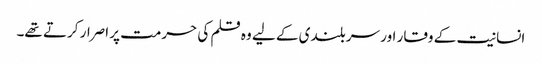
انسانیت کے وقار اور سربلندی کے لیے وہ قلم کی حرمت پر اصرار کرتے تھے۔